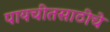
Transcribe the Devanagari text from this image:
पायचीतसाठीचे